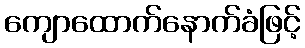
ကျောထောက်နောက်ခံဖြင့်